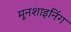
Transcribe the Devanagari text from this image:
मूनशाइनिंग